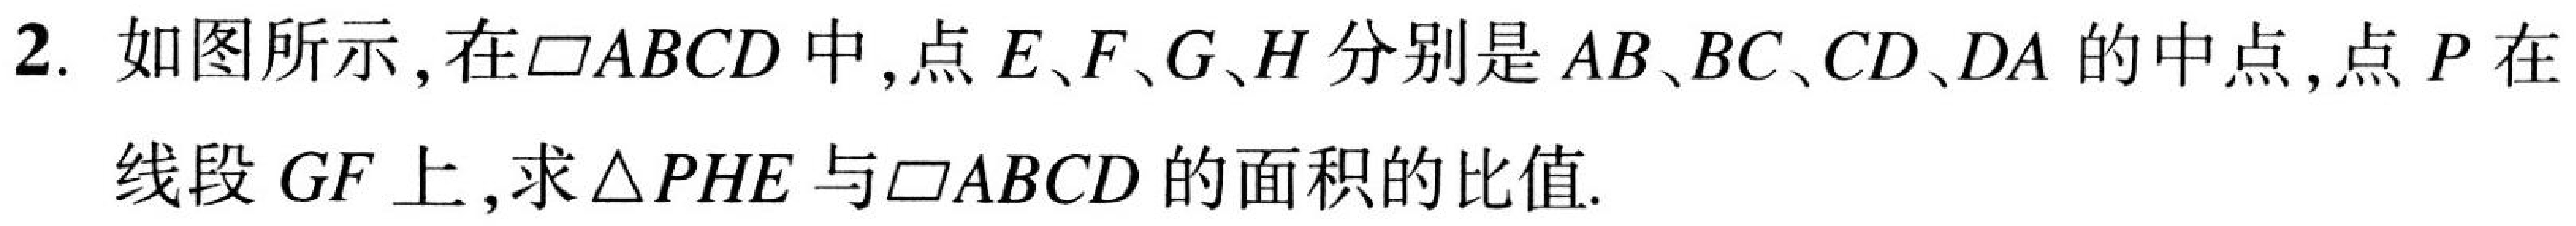
2. 如图所示，在\(\square ABCD\)中，点 \(E\)、\(F\)、\(G\)、\(H\)分别是 \(AB\)、\(BC\)、\(CD\)、\(DA\)的中点，点 \(P\)在
线段 \(GF\)上，求\(\triangle PHE\)与\(\square ABCD\)的面积的比值.